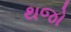
થજો